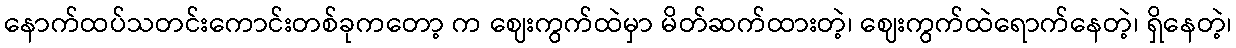
နောက်ထပ်သတင်းကောင်းတစ်ခုကတော့ က ဈေးကွက်ထဲမှာ မိတ်ဆက်ထားတဲ့၊ ဈေးကွက်ထဲရောက်နေတဲ့၊ ရှိနေတဲ့၊